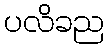
ပလိခည